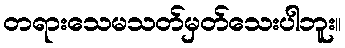
တရားသေမသတ်မှတ်သေးပါဘူး။